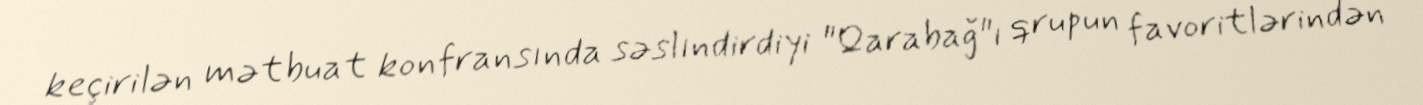
keçirilən mətbuat konfransında səslındirdiyi "Qarabağ"ı qrupun favoritlərindən